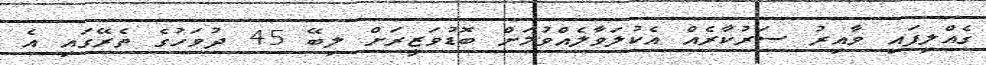
ގެއްލިފައި ވާއިރު ސަރުކާރެއް އެކުލަވާލެއްވުމަށް ބޮޑުވަޒީރަށް ލިބޭ 45 ދުވަހުގެ ތެރޭގައި އެ